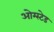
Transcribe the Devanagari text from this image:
ओम्स्टेड